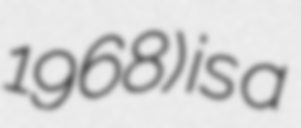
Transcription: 1968) is a